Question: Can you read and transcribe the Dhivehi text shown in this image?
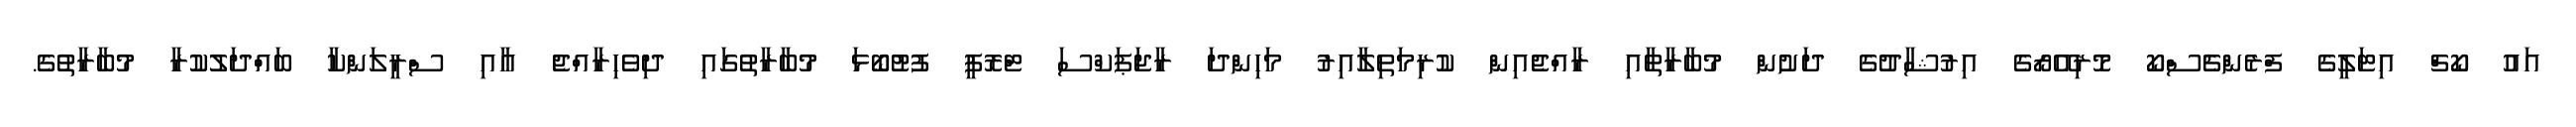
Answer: އައު ކޯޗް އިޓަލީގެ ފްރެންޗެސްކޯ މޮރިއޭރޯގެ އިރުޝާދުގެ ދަށުން މުބާރާތާއި ރާއްޖެއިން ކުރިމަތިލާއިރު މަހިންދަ ރާޖަޕަކްސަ ޓްރޮފީ ފުޓުބޯޅަ މުބާރާތުގައި ދިވެހިރާއްޖެ އާއި ސްރީލަންކާ ބައްްދަލުކުރާ މުބާރާތުގެ.